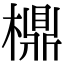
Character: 檙